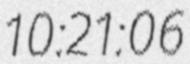
10:21:06